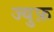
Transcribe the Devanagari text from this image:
ज्युफ़